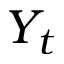
Y _ { t }